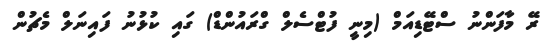
ރޭ މާފަންނު ސްޓޭޑިއަމް (މިނީ ފުޓްސެލް ގްރައުންޑް) ގައި ކުޅުނު ފައިނަލް މެޗުން